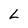
Character: L